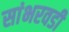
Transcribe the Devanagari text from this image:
सांभरवडी